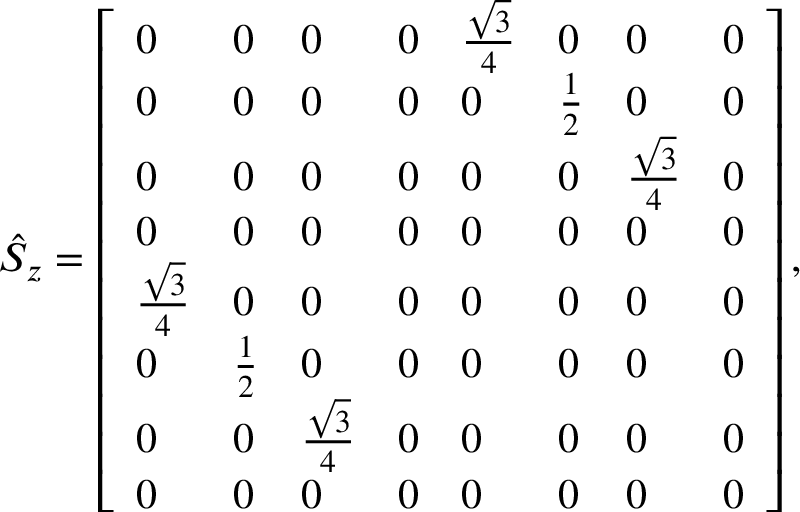
\begin{array} { r } { \hat { S } _ { z } = \left[ \begin{array} { l l l l l l l l } { 0 } & { 0 } & { 0 } & { 0 } & { \frac { \sqrt { 3 } } { 4 } } & { 0 } & { 0 } & { 0 } \\ { 0 } & { 0 } & { 0 } & { 0 } & { 0 } & { \frac { 1 } { 2 } } & { 0 } & { 0 } \\ { 0 } & { 0 } & { 0 } & { 0 } & { 0 } & { 0 } & { \frac { \sqrt { 3 } } { 4 } } & { 0 } \\ { 0 } & { 0 } & { 0 } & { 0 } & { 0 } & { 0 } & { 0 } & { 0 } \\ { \frac { \sqrt { 3 } } { 4 } } & { 0 } & { 0 } & { 0 } & { 0 } & { 0 } & { 0 } & { 0 } \\ { 0 } & { \frac { 1 } { 2 } } & { 0 } & { 0 } & { 0 } & { 0 } & { 0 } & { 0 } \\ { 0 } & { 0 } & { \frac { \sqrt { 3 } } { 4 } } & { 0 } & { 0 } & { 0 } & { 0 } & { 0 } \\ { 0 } & { 0 } & { 0 } & { 0 } & { 0 } & { 0 } & { 0 } & { 0 } \end{array} \right] , } \end{array}